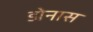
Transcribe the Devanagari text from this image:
डोनास